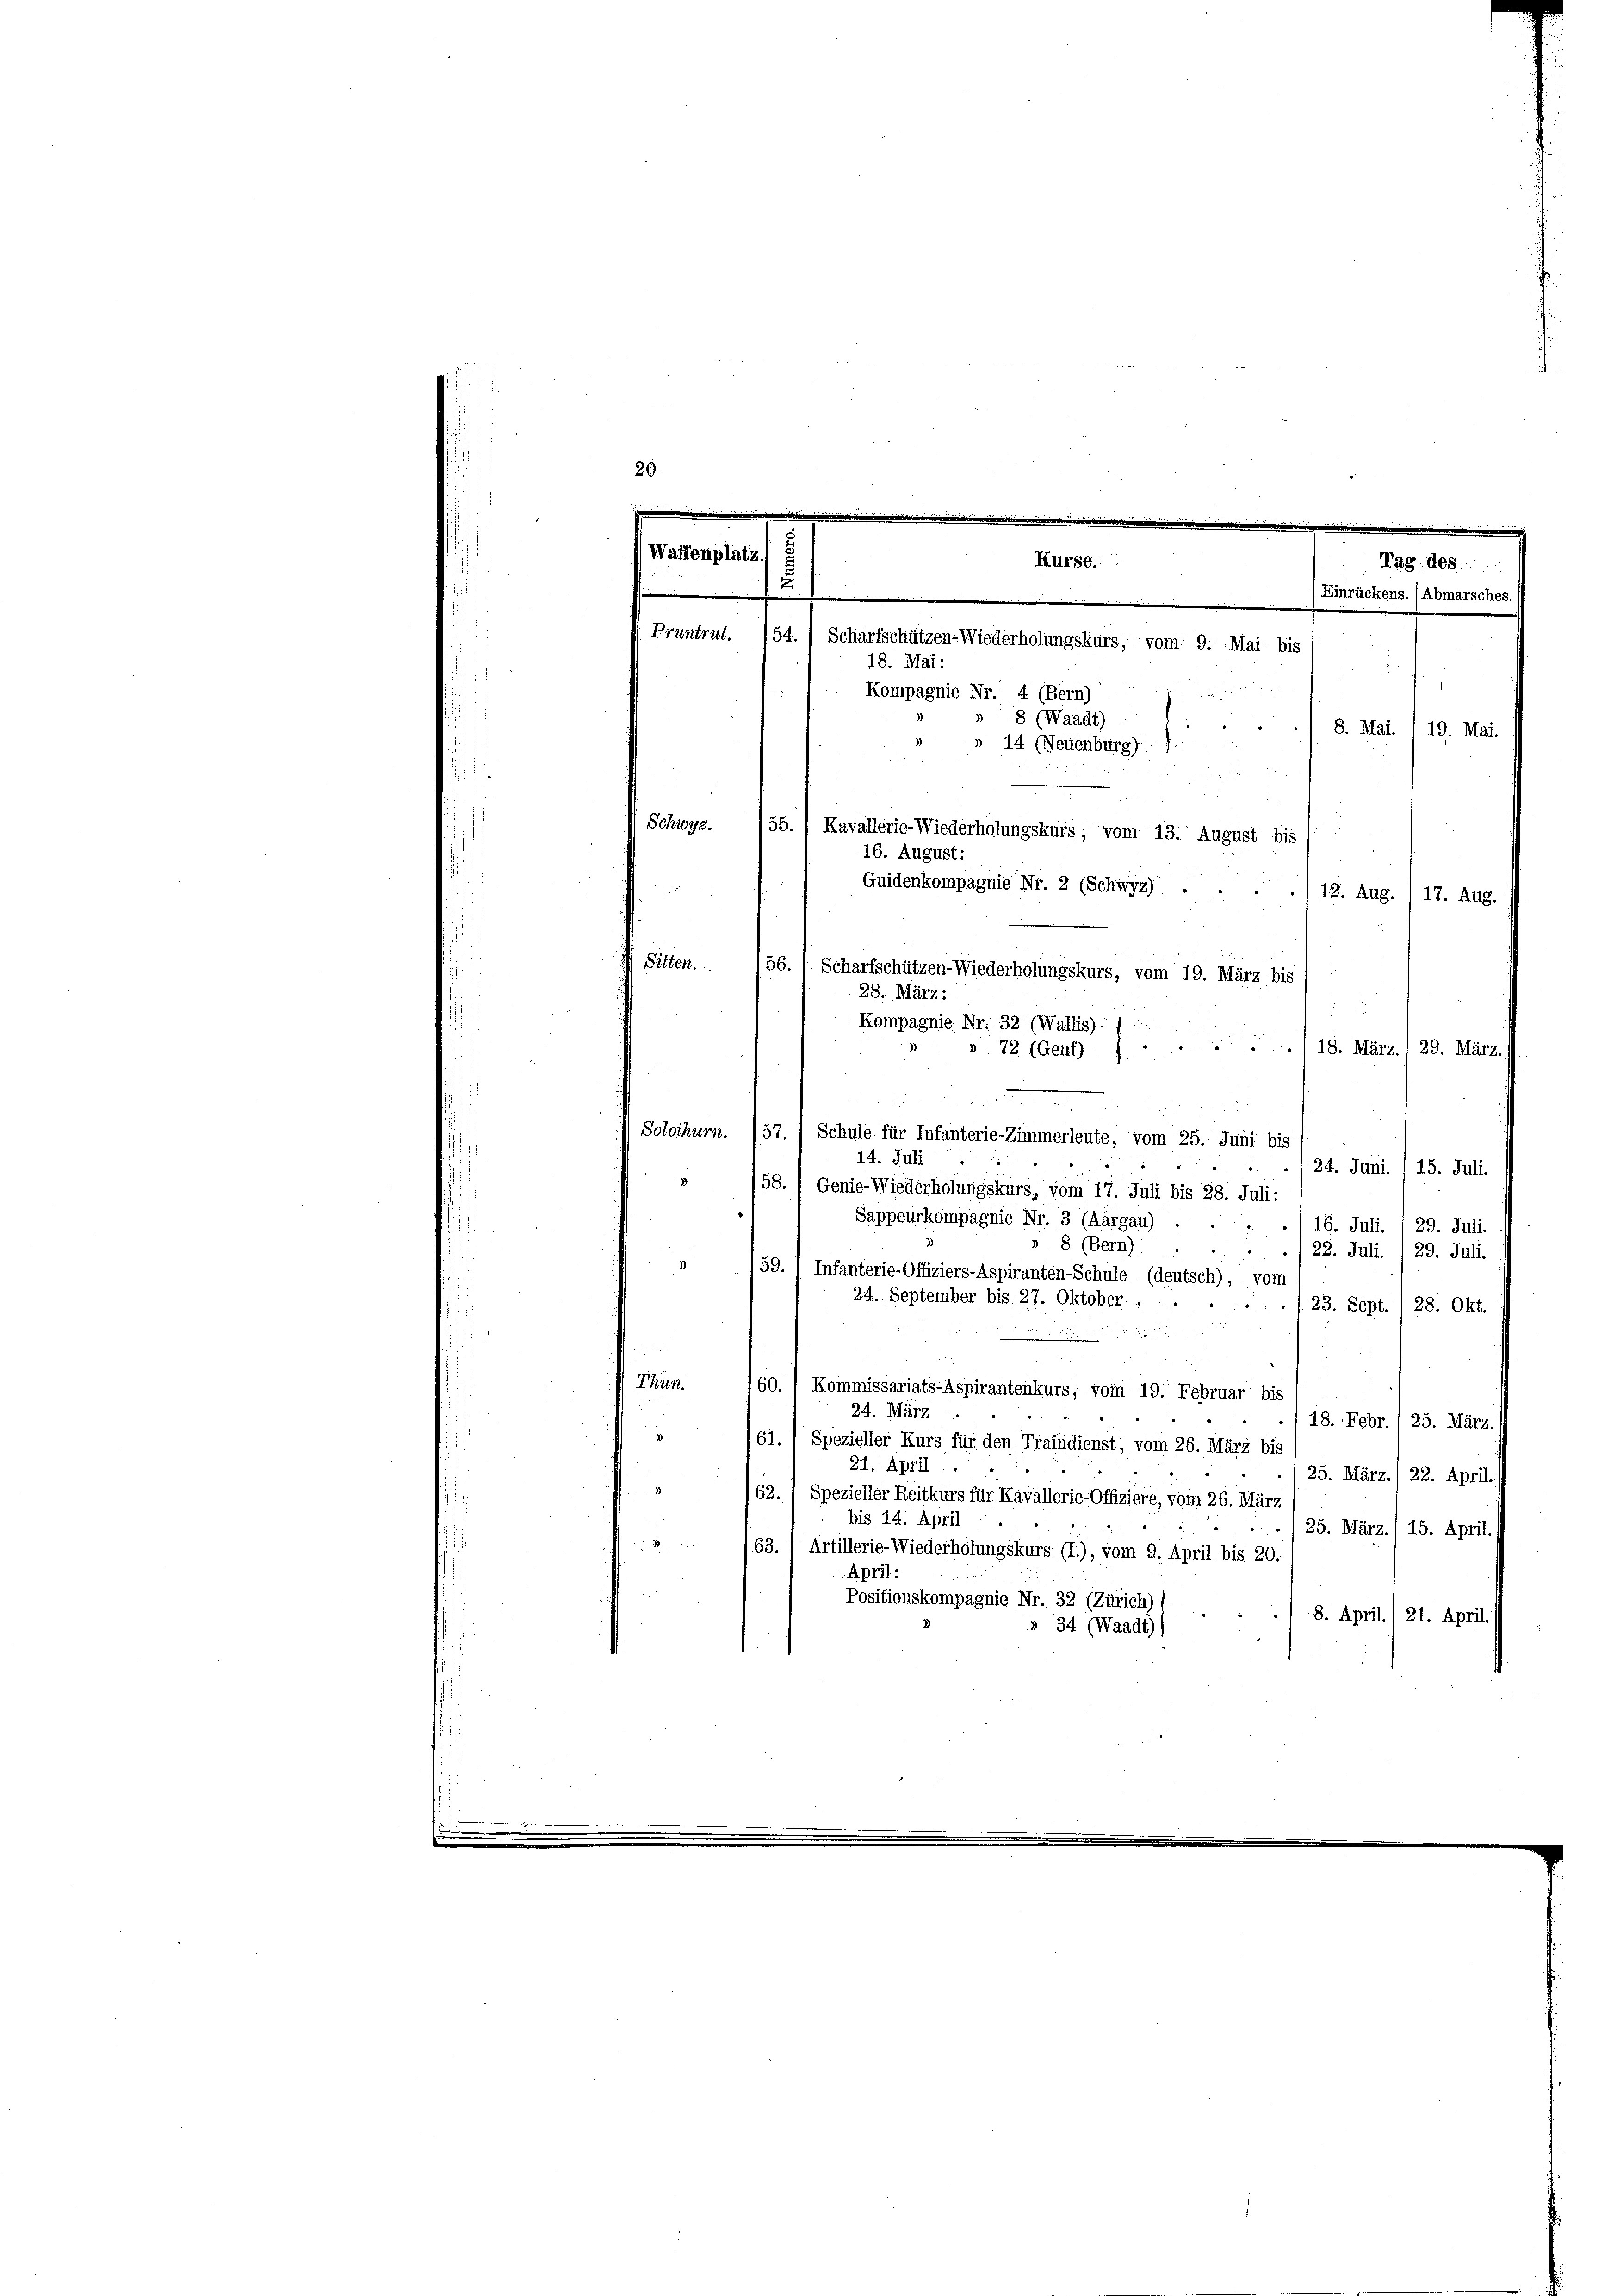
20

18. März./29. März.
 Solothurn. (57.) Schule für Infanterie-Zimmerleute, vom 25. Juni bis
14. Juli
24. Juni.  15. Juli.
58. I Genie-Wiederholungskurs, vom 17. Juli bis 28. Juli:
Sappeurkompagnie Nr. 3 (Aargau) . . . . 16. Juli. , 29. Juli.
8 (Bern)
4
22. Juli.
29. Juli.
1
59.) Infanterie-Offiziers-Aspiranten-Schule (deutsch), vom
24. September bis 27. Oktober. .
/23. Sept. 1 28. Okt.

Thun.
60.) Kommissariats-Aspirantenkurs, vom 19. Februar bis
24. März
18. Febr. / 23. März.
V
61.  Spezieller Kurs für den Traindienst, vom 26. März bis
21. April
25. März./ 22. April.
/62.) Spezieller Reitkurs für Kavallerie-Offiziere, vom 26. März
bis 14. April
(25. März./15. April.
63.) Artillerie-Wiederholungskurs (I.), vom 9. April bis 20.
April:
Positionskompagnie Nr. 32 (Zürich)
8. April./ 21. April.
» 34 (Waadt))

Waffenplatz.
Kurse:
Tag. des
2
Einrückens. (Abmarsches.)
Pruntrut.
54. / Scharfschützen-Wiederholungskurs, vom 9. Mai bis
18. Mai:
Kompagnie Nr. 4 (Bern)
2
»8 (Waadt)
8. Mai. 119. Mai.
» 14 (Neuenburg)

Schwyz.
/55.) Kavallerie-Wiederholungskurs, vom 13. August bis
16. August:
Guidenkompagnie Nr. 2 (Schwyz)
12. Aug. 17. Aug.

Bitten.
56.
Scharfschützen-Wiederholungskurs, vom 19. März bis
28. März:
Kompagnie Nr. 32 (Wallis)
». 72. (Genf. J.